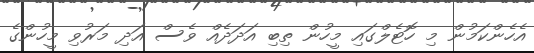
އެހެންކަމުން މި ހޮޓެލްގައި މީހުން ތިބި އަދަދެއް ވެސް އަދި މަރުވި މީހުންގެ